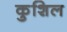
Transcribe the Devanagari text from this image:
कुशिल